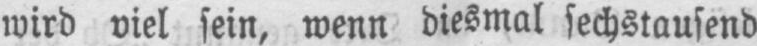
wird viel sein, wenn diesmal sechstausend